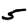
Digit: 5